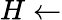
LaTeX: H\gets